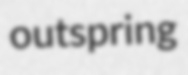
outspring